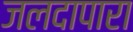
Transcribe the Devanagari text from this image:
जलदापारा